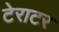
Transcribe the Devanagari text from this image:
टेराटर